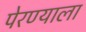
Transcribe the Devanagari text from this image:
पेरण्याला